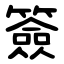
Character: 簽